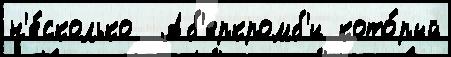
н'е́сколько  Аб'еркромб'и кото́рый